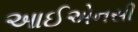
આઈએનસી